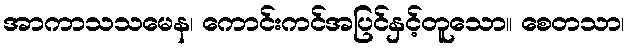
အာကာသသမေန၊ ကောင်းကင်အပြင်နှင့်တူသော။ စေတသာ၊